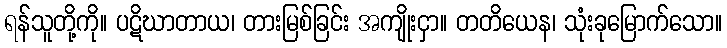
ရန်သူတို့ကို။ ပဋိဃာတာယ၊ တားမြစ်ခြင်း အကျိုးငှာ။ တတိယေန၊ သုံးခုမြောက်သော။